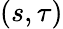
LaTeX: (s,\tau)